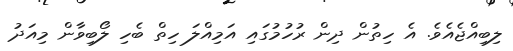
ލިބިއްޖެއެވެ. އެ ހިތުން ދިން ރުހުމުގައި އަމިއްލަ ހިތް ބެހި ލޯބިވާން މިއަދު